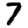
Digit: 7